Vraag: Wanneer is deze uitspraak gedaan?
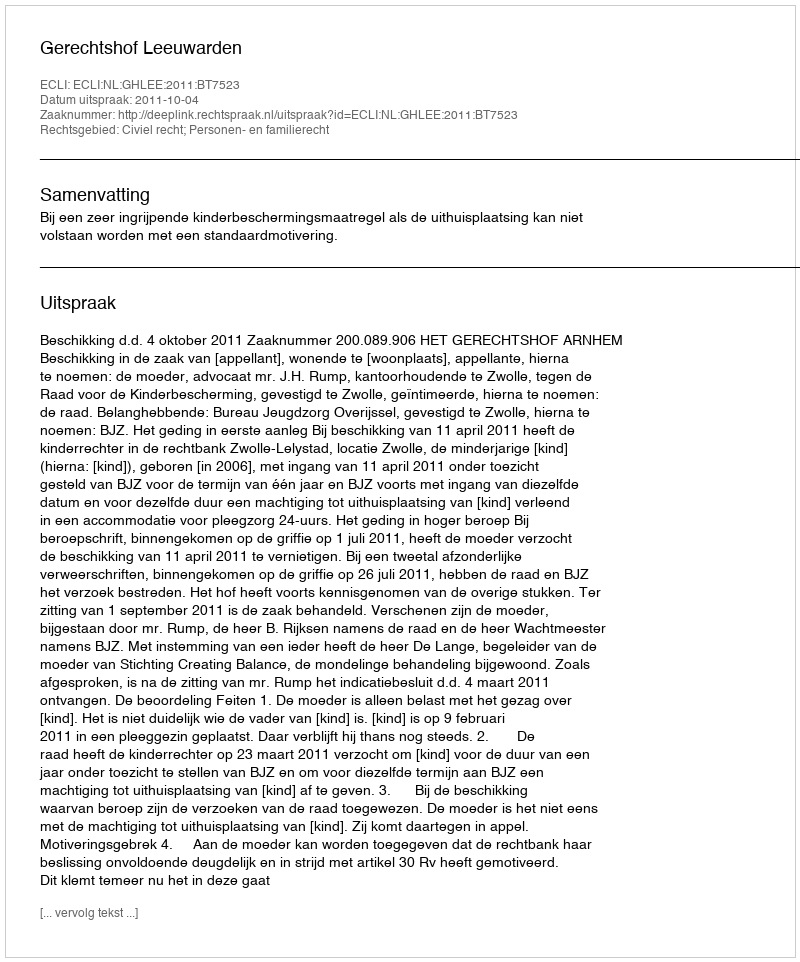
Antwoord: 2011-10-04